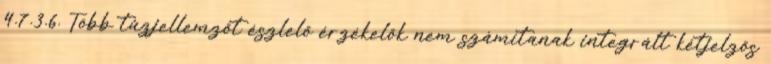
4.7.3.6. Több tûzjellemzõt észlelõ érzékelõk nem számítanak integrált kétjelzõs